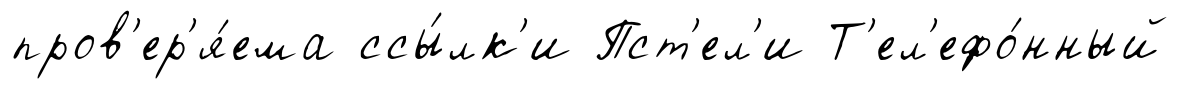
пров'ер'я́ема ссы́лк'и Пст'ел'и Т'ел'ефо́нный